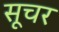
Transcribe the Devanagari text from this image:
सूचर